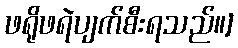
ဖရိုဖရဲပျက်စီးရသည်။]